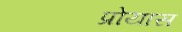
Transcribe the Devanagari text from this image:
प्रोयास